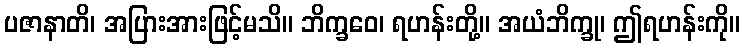
ပဇာနာတိ၊ အပြားအားဖြင့်မသိ။ ဘိက္ခဝေ၊ ရဟန်းတို့။ အယံဘိက္ခု၊ ဤရဟန်းကို။